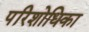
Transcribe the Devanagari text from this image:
परिशोधिका